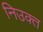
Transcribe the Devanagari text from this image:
निउक्त